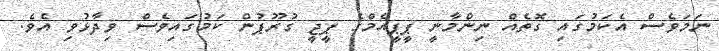
ނަމަވެސް އެކަމުގައި ގޮތެއް ނިންމާނީ ޕީޕީއެމްގެ ޕީޖީ ގުރޫޕުން ކަމުގައިވެސް ވިދާޅުވި އެވެ.